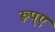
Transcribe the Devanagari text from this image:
रूप्ए